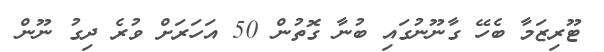
ޓޫރިޒަމާ ބެހޭ ގާނޫނުގައި ބުނާ ގޮތުން 50 އަހަރަށް ވުރެ ދިގު ނޫން